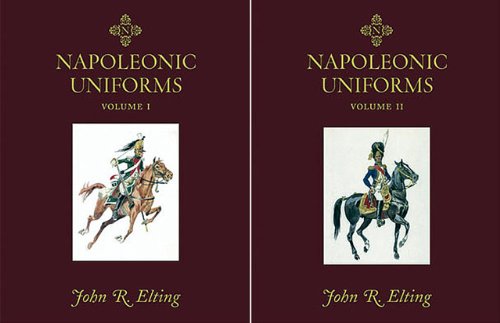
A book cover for NAPOLEONIC UNIFORMS: Volumes 1 & 2 (2 Volume Boxed Set); John Elting; History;